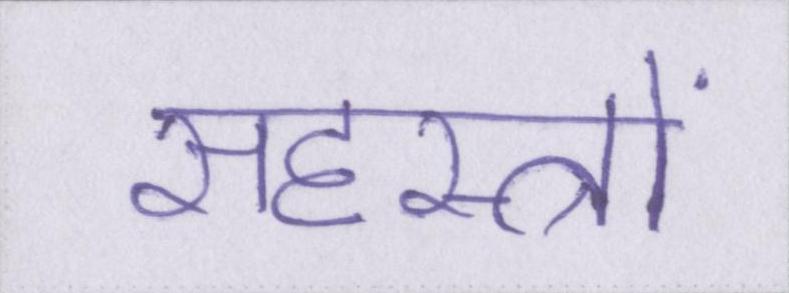
सहस्त्रों